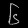
Digit: ၆